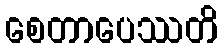
စေတာပေဿတိ